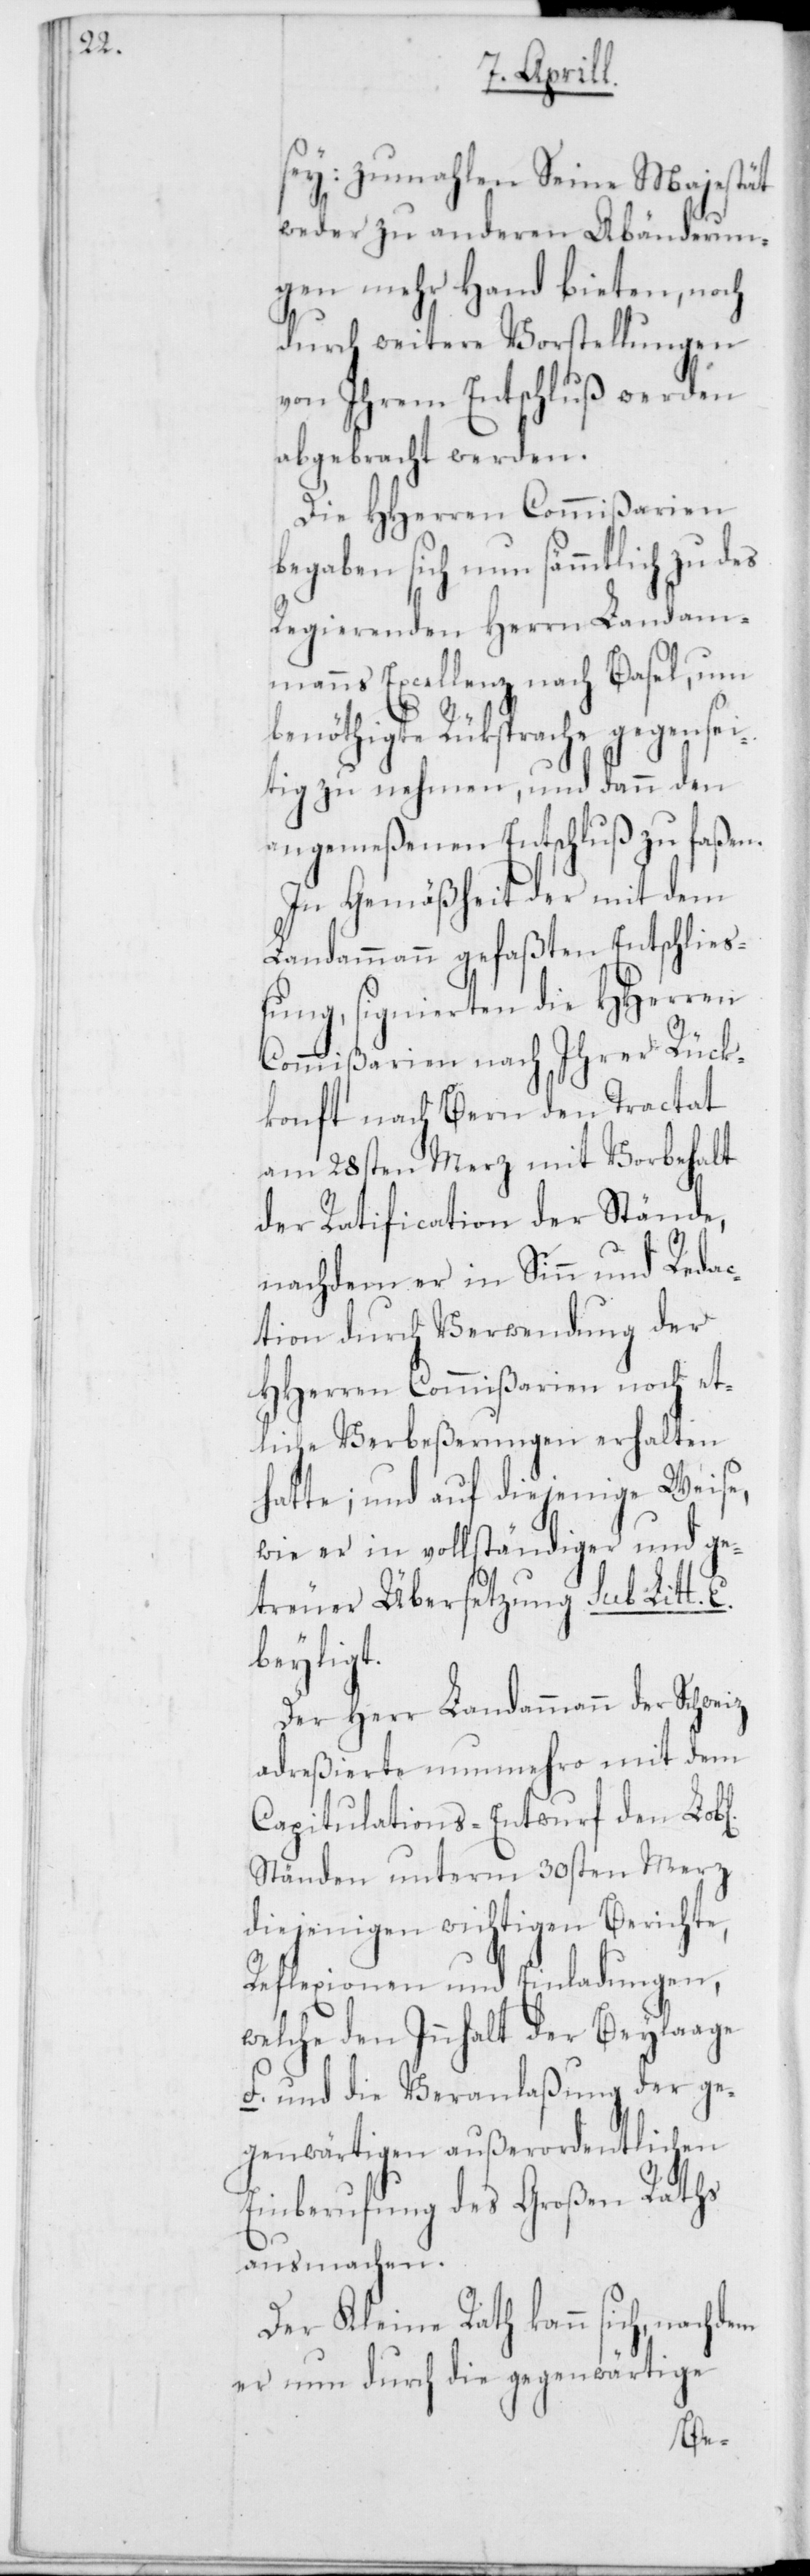
sey: zumahlen Seine Majestät
weder zu anderen Abänderun¬
gen mehr Hand bieten, noch
durch weitere Vorstellungen
von Ihrem Entschluß werden
abgebracht werden.
Die HHerren Commißarien
begaben sich nun sämmtlich zu des
Regierenden Herrn Landam¬
manns Excellenz nach Basel, um
benöthigte Rücksprache gegensei¬
tig zu nehmen, und dann den
angemeßenen Entschluß zu faßen.
In Gemäßheit der mit dem
Landammann gefaßten Entschlie¬
ßung, signierten die HHerren
Commißarien nach Ihrer Rück¬
konft nach Bern den Tractat
am 28sten Merz mit Vorbehalt
der Ratification der Stände,
nachdem er in Sinn und Redac¬
tion durch Verwendung der
HHerren Commißarien noch et¬
liche Verbeßerungen erhalten
hatte; und auf diejenige Weise,
wie er in vollständiger und ge¬
treuer Übersetzung sub Litt.
beyligt.
Der Herr Landammann der Schweiz
adreßierte nunmehro mit dem
Capitulations-Entwurf den Lobl.
Ständen unterm 30sten Merz
diejenigen wichtigen Berichte,
Reflexionen und Einladungen,
welche den Innhalt der Beylage
F. und die Veranlaßung der ge¬
genwärtigen außerordentlichen
Einberufung des Großen Raths
ausmachen.
Der Kleine Rath kann sich, nachdem
er nun durch die gegenwärtige